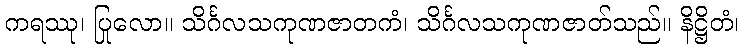
ကရဿု၊ ပြုလော။ သိင်္ဂလသကုဏဇာတကံ၊ သိင်္ဂလသကုဏဇာတ်သည်။ နိဋ္ဌိတံ၊